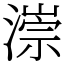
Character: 漴